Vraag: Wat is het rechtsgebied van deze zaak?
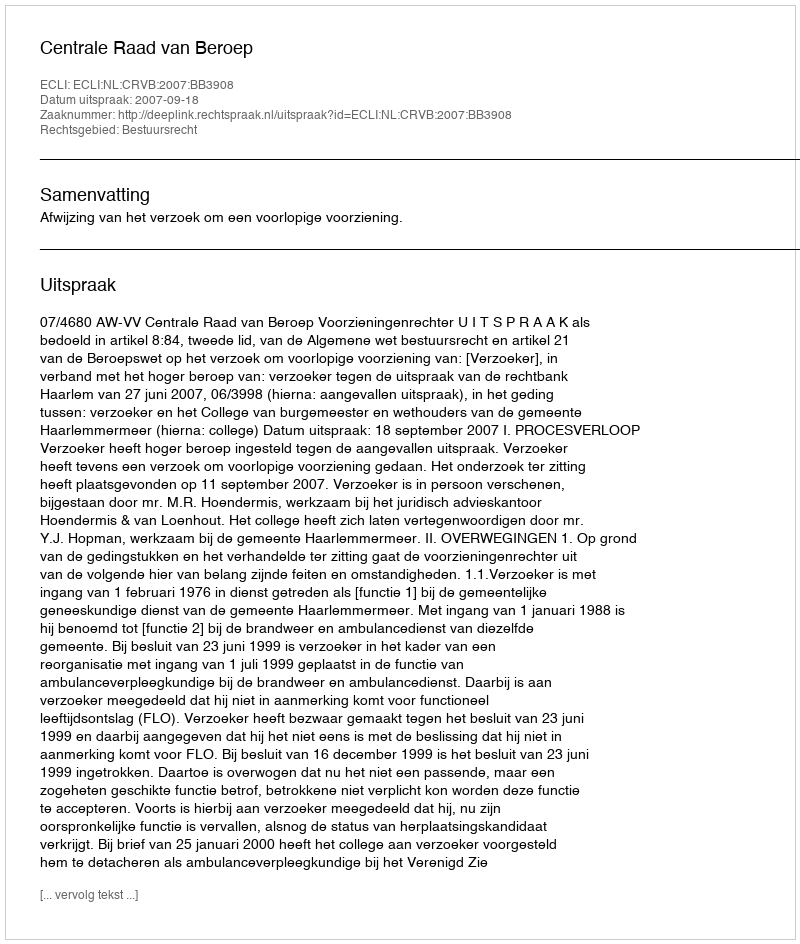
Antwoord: Bestuursrecht